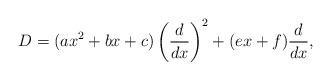
LaTeX: \begin{align*}D = (ax^2+ bx+c)\left( \dfrac{d}{dx} \right)^2 + (ex+f)\dfrac{d}{dx}, \end{align*}